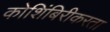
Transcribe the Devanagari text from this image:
कोशिंबिरीकरता